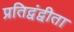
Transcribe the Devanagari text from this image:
प्रतिद्वंद्वीता